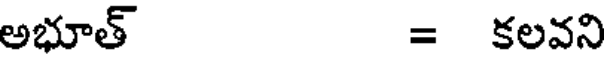
అభూత్ = కలవని